Indian journal of veterinary science and animal husbandry - Volume 3,
Year: 1933
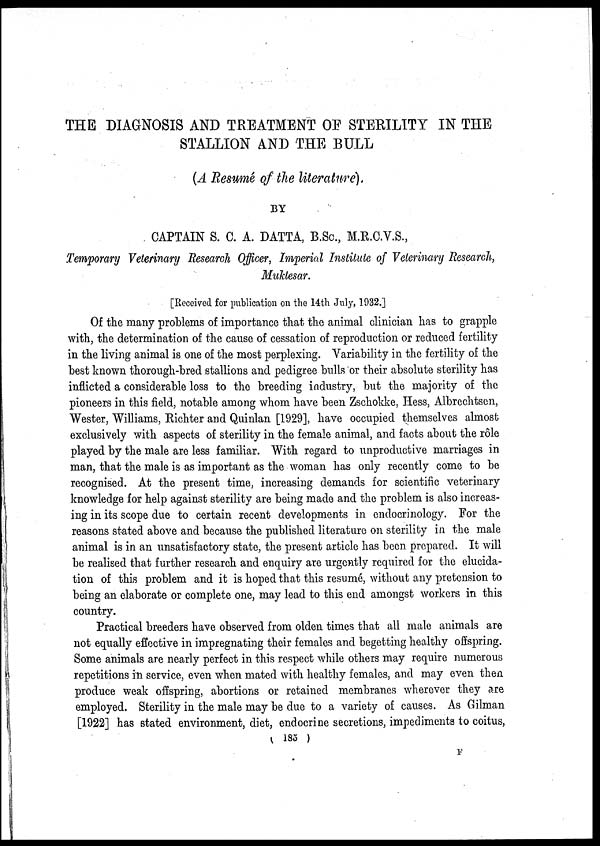
THE DIAGNOSIS AND TREATMENT OF STERILITY IN THE
STALLION AND THE BULL
(A Resumé of the literature).
BY
CAPTAIN S. C. A. DATTA, B.Sc., M.R.C.V.S. ,
Temporary Veterinary Research Officer, Imperial Institute of Veterinary Research,
Muktesar.
[Received for publication on the 14th July, 1932.]
Of the many problems of importance that the animal clinician has to grapple
with, the determination of the cause of cessation of reproduction or reduced fertility
in the living animal is one of the most perplexing. Variability in the fertility of the
best known thorough-bred stallions and pedigree bulls or their absolute sterility has
inflicted a considerable loss to the breeding industry, but the majority of the
pioneers in this field, notable among whom have been Zschokke, Hess, Albrechtsen,
Wester, Williams, Richter and Quinlan [1929], have occupied themselves almost
exclusively with aspects of sterility in the female animal, and facts about the rôle
played by the male are less familiar. With regard to unproductive marriages in
man, that the male is as important as the woman has only recently come to be
recognised. At the present time, increasing demands for scientific veterinary
knowledge for help against sterility are being made and the problem is also increas-
ing in its scope due to certain recent developments in endocrinology. For the
reasons stated above and because the published literature on sterility in the male
animal is in an unsatisfactory state, the present article has been prepared. It will
be realised that further research and enquiry are urgently required for the elucida-
tion of this problem and it is hoped that this resumé, without any pretension to
being an elaborate or complete one, may lead to this end amongst workers in this
country.
Practical breeders have observed from olden times that all male animals are
not equally effective in impregnating their females and begetting healthy offspring.
Some animals are nearly perfect in this respect while others may require numerous
repetitions in service, even when mated with healthy females, and may even then
produce weak offspring, abortions or retained membranes wherever they are
employed. Sterility in the male may be due to a variety of causes. As Gilman
[1922] has stated environment, diet, endocrine secretions, impediments to coitus,
( 185 )
F